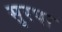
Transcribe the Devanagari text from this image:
सुरपा